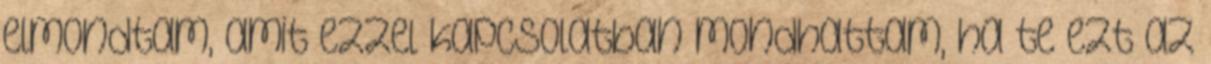
elmondtam, amit ezzel kapcsolatban mondhattam, ha te ezt az